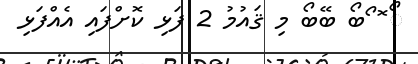
ޯ ޮ ޯބޯ ބޭބޯ މި ޤައުމު 2 ފަޅި ކޮށްފައި އެއްފަޅި